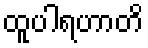
ထူပါရဟာတိ